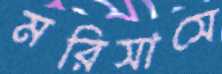
মরিসাসে